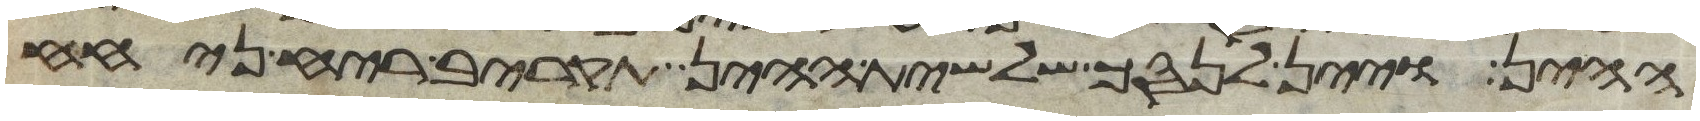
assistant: ההין ויין לנסך שלשית ההין תקריב ריח ניחח